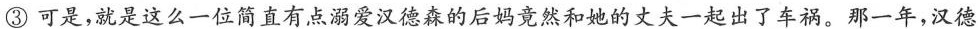
③可是，就是这么一位简直有点溺爱汉德森的后妈竟然和她的丈夫一起出了车祸。那一年，汉德